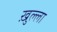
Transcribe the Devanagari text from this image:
ख़ुल्ला